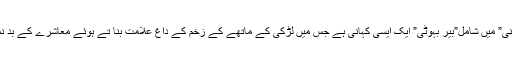
افسانوی مجموعے”رات کی رانی” میں شامل”بیر بہوٹی” ایک ایسی کہانی ہے جس میں لڑکی کے ماتھے کے زخم کے داغ علامت بنا تے ہوئے معاشرے کے بد نما داغوں کو نمایاں کیا گیا ہے۔